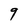
Character: 9